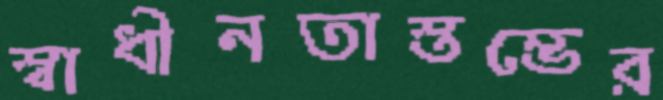
স্বাধীনতাস্তম্ভের